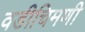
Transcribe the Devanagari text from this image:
वडीचिमणी